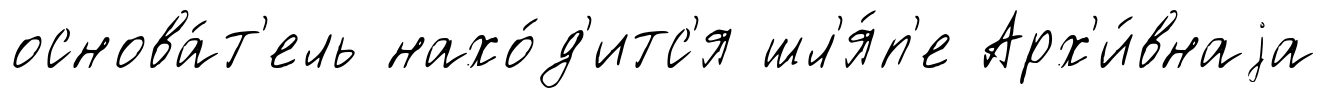
основа́т'ель нахо́д'итс'я шл'я́п'е Арх'и́внаjа